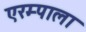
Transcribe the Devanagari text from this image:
एरम्पाला